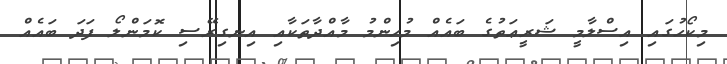
މިކޯހުގައި އިސްލާމީ ޝަރީޢަތުގެ ބައެއް މުހިންމު މާއްދާތަކާއި އިނގިރޭސި ކޮމަންލޯ ފަދަ ބައެއް